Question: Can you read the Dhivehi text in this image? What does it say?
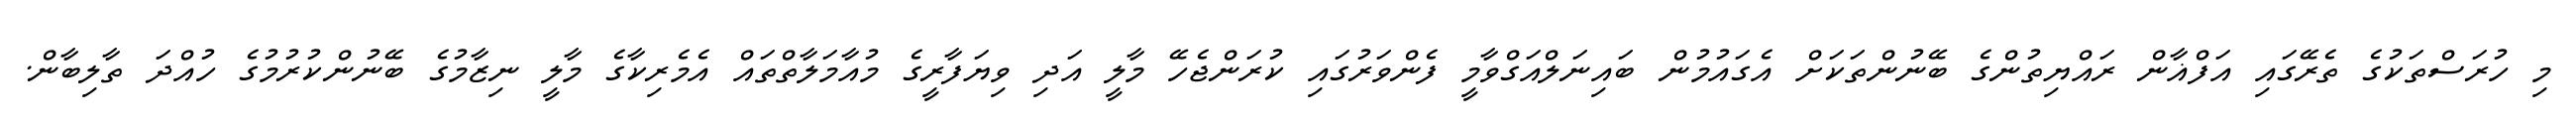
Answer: މި ހުރަސްތަކުގެ ތެރޭގައި އަފްޣާން ރައްޔިތުންގެ ބޭނުންތަކަށް އެގައުމުން ބައިނަލްއަގްވާމީ ފެންވަރުގައި ކުރަންޖެހޭ މާލީ އަދި ވިޔަފާރީގެ މުއާމަލާތްތައް އެމެރިކާގެ މާލީ ނިޒާމުގެ ބޭނުންކުރުމުގެ ހުއްދަ ތާލިބާން.